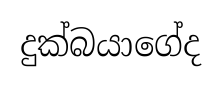
දුක්බයාගේද